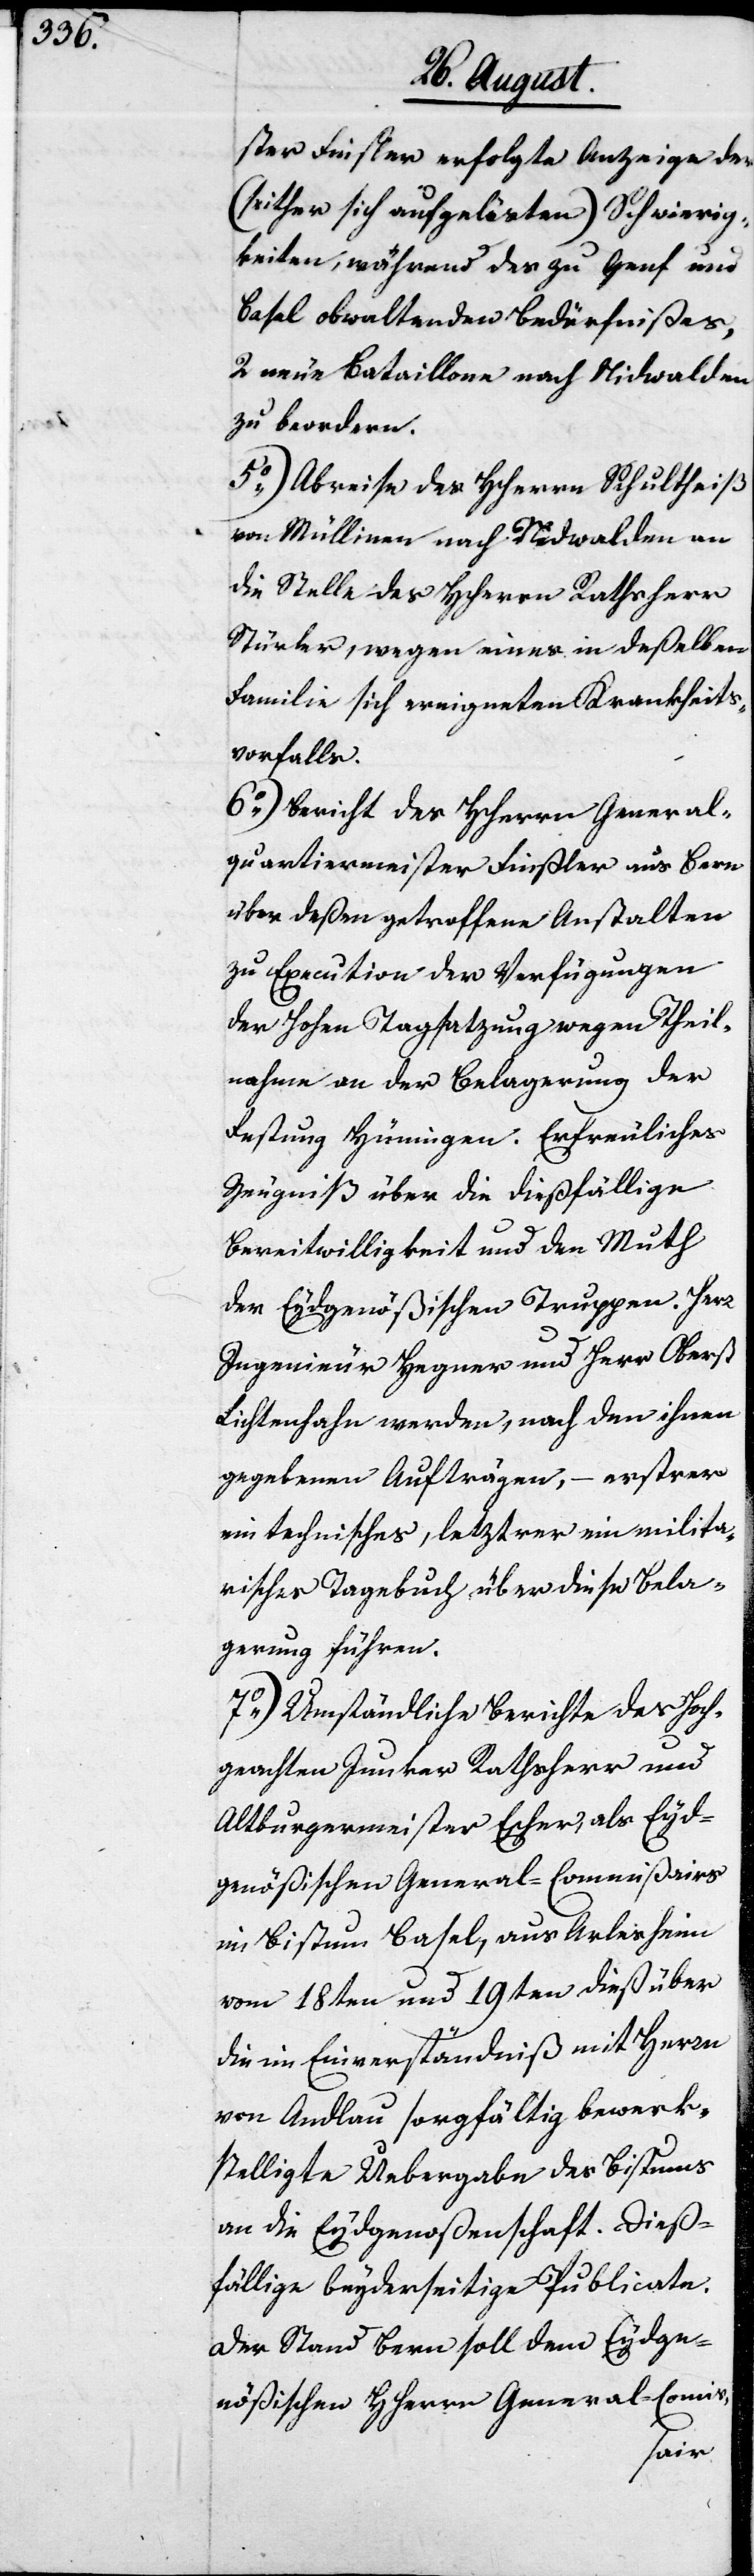
ster Finsler erfolgte Anzeige der
(seither sich aufgelösten) Schwierig¬
keiten, während des zu Genf und
Basel obwaltenden Bedürfnißes,
2 neue Bataillone nach Nidwalden
zu beordern.
5.) Abreise des Herrn Schultheiß
von Müllinen nach Nidwalden an
die Stelle des HHerrn Rathsherr
Stürler, wegen eines in deßelben
Familie sich ereigneten Krankheits¬
6.) Bericht des Herrn General¬
quartiermeister Finsler aus Bern
über deßen getroffene Anstalten
zu Execution der Verfügungen
der Hohen Tagsatzung wegen Theil¬
nahme an der Belagerung der
Festung Hüningen. Erfreuliches
Zeugniß über die dießfällige
Bereitwilligkeit und den Muth
der Eydgenößischen Truppen. Herr
Ingenieur Hegner und Herr Oberst
Lichtenhahn werden, nach den ihnen
gegebenen Aufträgen, – erstrer
ein technisches, letztrer ein milita¬
risches Tagebuch über diese Bela¬
gerung führen.
7.) Umständlicher Bericht des Hoch¬
geachten Junker Rathsherr und
Altburgermeister Escher als Eyd¬
genößischen General-Commißairs
im Bistum Basel, aus Arlesheim
vom 18ten und 19ten dieß über
die im Einverständniß mit Herrn
von Andlau sorgfältig bewerk¬
stelligte Übergabe des Bistums
an die Eydgenoßenschaft. Dieß¬
fällige beyderseitige Publicate.
Der Stand Bern soll dem Eydge¬
nößischen Herrn General-Comis-
falls.